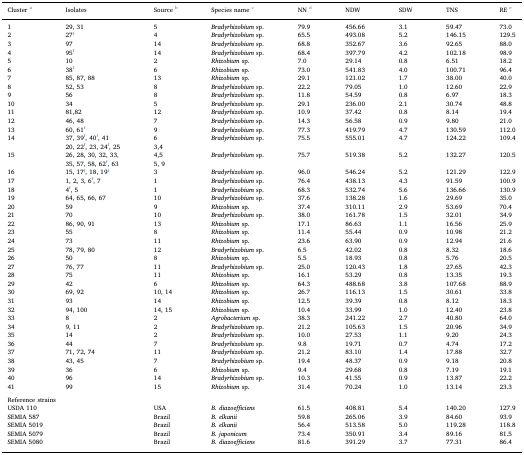
<table><thead><tr><td><b>Cluster a</b></td><td><b>Isolates</b></td><td><b>Source b</b></td><td><b>Species name c</b></td><td><b>NN d</b></td><td><b>NDW</b></td><td><b>SDW</b></td><td><b>TNS</b></td><td><b>RE e</b></td></tr></thead><tbody><tr><td>1</td><td>29, 31</td><td>5</td><td><i>Bradyrhizobium</i> sp.</td><td>79.9</td><td>456.66</td><td>3.1</td><td>59.47</td><td>73.0</td></tr><tr><td>2</td><td>27f</td><td>4</td><td><i>Bradyrhizobium</i> sp.</td><td>65.5</td><td>493.08</td><td>5.2</td><td>146.15</td><td>129.5</td></tr><tr><td>3</td><td>97</td><td>14</td><td><i>Bradyrhizobium</i> sp.</td><td>68.8</td><td>352.67</td><td>3.6</td><td>92.65</td><td>88.0</td></tr><tr><td>4</td><td>95f</td><td>14</td><td><i>Bradyrhizobium</i> sp.</td><td>68.4</td><td>397.79</td><td>4.2</td><td>102.18</td><td>98.9</td></tr><tr><td>5</td><td>10</td><td>2</td><td><i>Rhizobium</i> sp.</td><td>7.0</td><td>29.14</td><td>0.8</td><td>6.51</td><td>18.2</td></tr><tr><td>6</td><td>38f</td><td>6</td><td><i>Rhizobium</i> sp.</td><td>73.0</td><td>541.83</td><td>4.0</td><td>100.71</td><td>96.4</td></tr><tr><td>7</td><td>85, 87, 88</td><td>13</td><td><i>Rhizobium</i> sp.</td><td>29.1</td><td>121.02</td><td>1.7</td><td>38.00</td><td>40.0</td></tr><tr><td>8</td><td>52, 53</td><td>8</td><td><i>Bradyrhizobium</i> sp.</td><td>22.2</td><td>79.05</td><td>1.0</td><td>12.60</td><td>22.9</td></tr><tr><td>9</td><td>56</td><td>8</td><td><i>Bradyrhizobium</i> sp.</td><td>11.8</td><td>54.59</td><td>0.8</td><td>6.97</td><td>18.3</td></tr><tr><td>10</td><td>34</td><td>5</td><td><i>Bradyrhizobium</i> sp.</td><td>29.1</td><td>236.00</td><td>2.1</td><td>30.74</td><td>48.8</td></tr><tr><td>11</td><td>81,82</td><td>12</td><td><i>Bradyrhizobium</i> sp.</td><td>10.9</td><td>37.42</td><td>0.8</td><td>8.14</td><td>19.4</td></tr><tr><td>12</td><td>46, 48</td><td>7</td><td><i>Bradyrhizobium</i> sp.</td><td>14.3</td><td>56.58</td><td>0.9</td><td>9.80</td><td>21.0</td></tr><tr><td>13</td><td>60, 61f</td><td>9</td><td><i>Bradyrhizobium</i> sp.</td><td>77.3</td><td>419.79</td><td>4.7</td><td>130.59</td><td>112.0</td></tr><tr><td>14</td><td>37, 39f, 40f, 41</td><td>6</td><td><i>Bradyrhizobium</i> sp.</td><td>75.5</td><td>555.01</td><td>4.7</td><td>124.22</td><td>109.4</td></tr><tr><td></td><td>20, 22f, 23, 24f, 25</td><td>3,4</td><td></td><td></td><td></td><td></td><td></td><td></td></tr><tr><td>15</td><td>26, 28, 30, 32, 33,</td><td>4,5</td><td><i>Bradyrhizobium</i> sp.</td><td>75.7</td><td>519.38</td><td>5.2</td><td>132.27</td><td>120.5</td></tr><tr><td></td><td>35, 57, 58, 62f, 63</td><td>5, 9</td><td></td><td></td><td></td><td></td><td></td><td></td></tr><tr><td>16</td><td>15, 17f, 18, 19f</td><td>3</td><td><i>Bradyrhizobium</i> sp.</td><td>96.0</td><td>546.24</td><td>5.2</td><td>121.29</td><td>122.9</td></tr><tr><td>17</td><td>1, 2, 3, 6f, 7</td><td>1</td><td><i>Bradyrhizobium</i> sp.</td><td>76.4</td><td>438.13</td><td>4.3</td><td>91.59</td><td>100.9</td></tr><tr><td>18</td><td>4f, 5</td><td>1</td><td><i>Bradyrhizobium</i> sp.</td><td>68.3</td><td>532.74</td><td>5.6</td><td>136.66</td><td>130.9</td></tr><tr><td>19</td><td>64, 65, 66, 67</td><td>10</td><td><i>Bradyrhizobium</i> sp.</td><td>37.6</td><td>138.28</td><td>1.6</td><td>29.69</td><td>35.0</td></tr><tr><td>20</td><td>59</td><td>9</td><td><i>Rhizobium</i> sp.</td><td>37.4</td><td>310.11</td><td>2.9</td><td>53.69</td><td>70.4</td></tr><tr><td>21</td><td>70</td><td>10</td><td><i>Bradyrhizobium</i> sp.</td><td>38.0</td><td>161.78</td><td>1.5</td><td>32.01</td><td>34.9</td></tr><tr><td>22</td><td>86, 90, 91</td><td>13</td><td><i>Rhizobium</i> sp.</td><td>17.1</td><td>86.63</td><td>1.1</td><td>16.56</td><td>25.9</td></tr><tr><td>23</td><td>55</td><td>8</td><td><i>Rhizobium</i> sp.</td><td>11.4</td><td>55.44</td><td>0.9</td><td>10.98</td><td>21.2</td></tr><tr><td>24</td><td>73</td><td>11</td><td><i>Rhizobium</i> sp.</td><td>23.6</td><td>63.90</td><td>0.9</td><td>12.94</td><td>21.6</td></tr><tr><td>25</td><td>78, 79, 80</td><td>12</td><td><i>Bradyrhizobium</i> sp.</td><td>6.5</td><td>42.02</td><td>0.8</td><td>8.32</td><td>18.6</td></tr><tr><td>26</td><td>50</td><td>8</td><td><i>Rhizobium</i> sp.</td><td>5.5</td><td>18.93</td><td>0.8</td><td>5.76</td><td>20.5</td></tr><tr><td>27</td><td>76, 77</td><td>11</td><td><i>Bradyrhizobium</i> sp.</td><td>25.0</td><td>120.43</td><td>1.8</td><td>27.65</td><td>42.3</td></tr><tr><td>28</td><td>75</td><td>11</td><td><i>Rhizobium</i> sp.</td><td>16.1</td><td>53.29</td><td>0.8</td><td>13.35</td><td>19.3</td></tr><tr><td>29</td><td>42</td><td>6</td><td><i>Rhizobium</i> sp.</td><td>64.3</td><td>488.68</td><td>3.8</td><td>107.68</td><td>88.9</td></tr><tr><td>30</td><td>69, 92</td><td>10, 14</td><td><i>Rhizobium</i> sp.</td><td>26.7</td><td>116.13</td><td>1.5</td><td>30.61</td><td>33.8</td></tr><tr><td>31</td><td>93</td><td>14</td><td><i>Rhizobium</i> sp.</td><td>12.5</td><td>39.39</td><td>0.8</td><td>8.12</td><td>18.3</td></tr><tr><td>32</td><td>94, 100</td><td>14, 15</td><td><i>Rhizobium</i> sp.</td><td>10.4</td><td>33.99</td><td>1.0</td><td>12.40</td><td>23.8</td></tr><tr><td>33</td><td>8</td><td>2</td><td><i>Agrobacterium</i> sp.</td><td>38.3</td><td>241.22</td><td>2.7</td><td>40.80</td><td>64.0</td></tr><tr><td>34</td><td>9, 11</td><td>2</td><td><i>Bradyrhizobium</i> sp.</td><td>21.2</td><td>105.63</td><td>1.5</td><td>20.96</td><td>34.9</td></tr><tr><td>35</td><td>14</td><td>2</td><td><i>Bradyrhizobium</i> sp.</td><td>10.0</td><td>27.53</td><td>1.1</td><td>9.20</td><td>24.3</td></tr><tr><td>36</td><td>44</td><td>7</td><td><i>Bradyrhizobium</i> sp.</td><td>9.8</td><td>19.71</td><td>0.7</td><td>4.74</td><td>17.2</td></tr><tr><td>37</td><td>71, 72, 74</td><td>11</td><td><i>Bradyrhizobium</i> sp.</td><td>21.2</td><td>83.10</td><td>1.4</td><td>17.88</td><td>32.7</td></tr><tr><td>38</td><td>43, 45</td><td>7</td><td><i>Bradyrhizobium</i> sp.</td><td>19.4</td><td>48.37</td><td>0.9</td><td>9.18</td><td>20.8</td></tr><tr><td>39</td><td>36</td><td>6</td><td><i>Rhizobium</i> sp.</td><td>9.4</td><td>29.68</td><td>0.8</td><td>7.19</td><td>19.1</td></tr><tr><td>40</td><td>96</td><td>14</td><td><i>Bradyrhizobium</i> sp.</td><td>10.3</td><td>41.55</td><td>0.9</td><td>13.87</td><td>22.2</td></tr><tr><td>41</td><td>99</td><td>15</td><td><i>Rhizobium</i> sp.</td><td>31.4</td><td>70.24</td><td>1.0</td><td>13.14</td><td>23.3</td></tr><tr><td colspan="9">  </td></tr><tr><td colspan="2">Reference strains</td><td></td><td></td><td></td><td></td><td></td><td></td><td></td></tr><tr><td colspan="2">USDA 110</td><td>USA</td><td><i>B. diazoefficiens</i></td><td>61.5</td><td>408.81</td><td>5.4</td><td>140.20</td><td>127.9</td></tr><tr><td colspan="2">SEMIA 587</td><td>Brazil</td><td><i>B. elkanii</i></td><td>59.8</td><td>265.06</td><td>3.9</td><td>84.60</td><td>93.9</td></tr><tr><td colspan="2">SEMIA 5019</td><td>Brazil</td><td><i>B. elkanii</i></td><td>56.4</td><td>513.58</td><td>5.0</td><td>119.28</td><td>118.8</td></tr><tr><td colspan="2">SEMIA 5079</td><td>Brazil</td><td><i>B. japonicum</i></td><td>73.4</td><td>350.91</td><td>3.4</td><td>89.16</td><td>81.5</td></tr><tr><td colspan="2">SEMIA 5080</td><td>Brazil</td><td><i>B. diazoefficiens</i></td><td>81.6</td><td>391.29</td><td>3.7</td><td>77.31</td><td>86.4</td></tr></tbody></table>